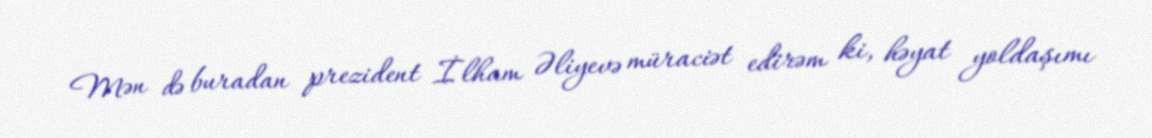
Mən də buradan prezident İlham Əliyevə müraciət edirəm ki, həyat yoldaşımı